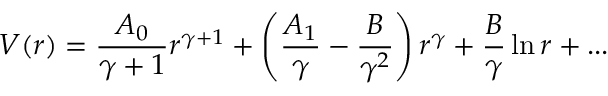
V ( r ) = { \frac { A _ { 0 } } { \gamma + 1 } } r ^ { \gamma + 1 } + \left( { \frac { A _ { 1 } } { \gamma } } - { \frac { B } { \gamma ^ { 2 } } } \right) r ^ { \gamma } + { \frac { B } { \gamma } } \ln r + . . .